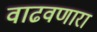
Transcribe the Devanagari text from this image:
वाढवणारा